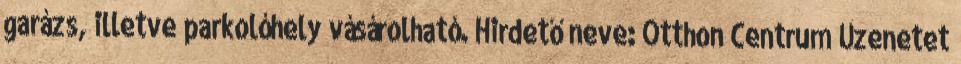
garázs, illetve parkolóhely vásárolható. Hirdető neve: Otthon Centrum Üzenetet